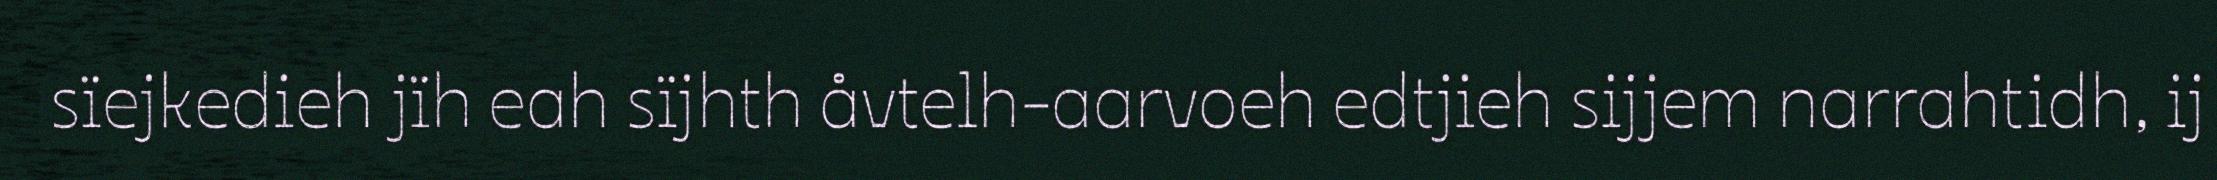
sïejkedieh jïh eah sïjhth åvtelh-aarvoeh edtjieh sijjem narrahtidh, ij